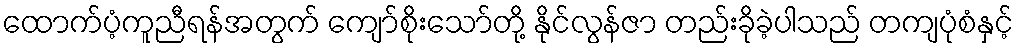
ထောက်ပံ့ကူညီရန်အတွက် ကျော်စိုးသော်တို့ နိုင်လွန်ဇာ တည်းခိုခဲ့ပါသည် တကျပုံစံနှင့်